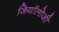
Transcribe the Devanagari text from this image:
जियॉलोजी